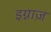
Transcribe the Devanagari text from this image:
इग्नाज़